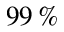
9 9 \, \%